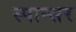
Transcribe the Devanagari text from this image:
स्पान्सर